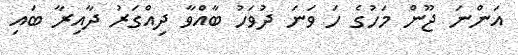
އަންނަ ޖޫން މަހުގެ ހަ ވަނަ ދުވަހު ބާއްވާ ދިއްގަރު ދާއިރާ ބައި